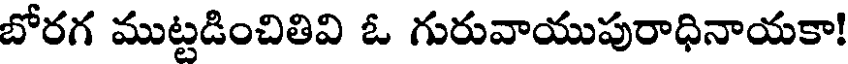
బోరగ ముట్టడించితివి ఓ గురువాయుపురాధినాయకా!